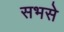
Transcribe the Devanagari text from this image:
सभसे